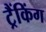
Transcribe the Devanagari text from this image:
ट्रैंकिंग